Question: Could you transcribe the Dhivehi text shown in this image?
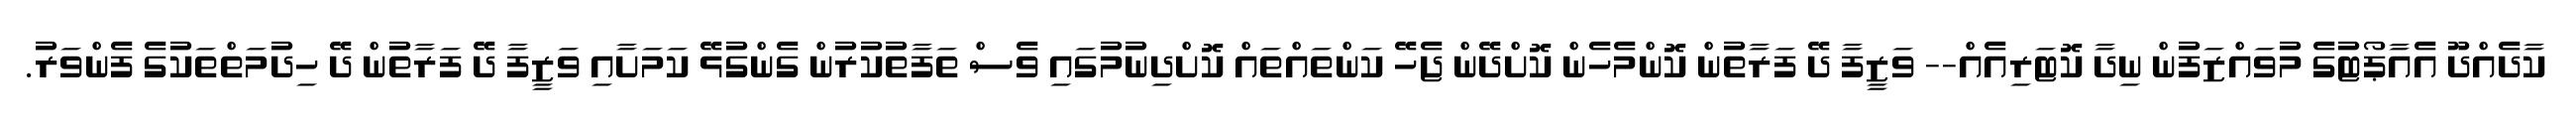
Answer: ކާދެއްދޫ އެއާޕޯޓުގެ މުވައްޒަފުން ނިދާ ކޮޓަރިއެއް-- ވަޒީފާ ދޭ ފަރާތުން ކޮންމެހެން ކޮށްދޭން ޖެހޭ ކަންތައްތައް ކޮށްދިނުމުގައި ވެސް ތަފާތުކުރުން ގެންގުޅޭ ކަމަށާއި ވަޒީފާ ދޭ ފަރާތުން ދޭ ހިދުމަތްތަކުގެ ފެންވަރު.